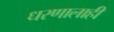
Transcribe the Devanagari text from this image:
धरणालाही